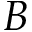
B